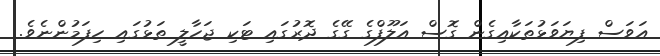
އަވަސް ފިޔަވަޅުތަކާއިގެން ގޮސް އަލޫފްގެ ގޭގެ ދޮރުގައި ޓަކި ޖަހާލީ ތަޅުގައި ހިފަމުންނެވެ.